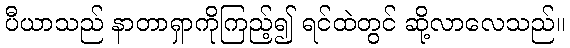
ပီယာသည် နာတာရှာကိုကြည့်၍ ရင်ထဲတွင် ဆို့လာလေသည်။